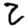
Digit: 2